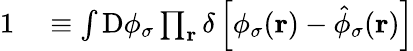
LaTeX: \begin{array}{rl}{1}&{{}\equiv\int\mathrm{D}\phi_{\sigma}\prod_{\mathbf{r}}\delta\left[\phi_{\sigma}(\mathbf{r})-\hat{\phi}_{\sigma}(\mathbf{r})\right]}\end{array}